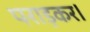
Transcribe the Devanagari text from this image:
पराड़कर।